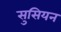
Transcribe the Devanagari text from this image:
सुसियन